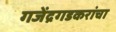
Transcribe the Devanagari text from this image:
गजेंद्रगडकरांचा